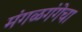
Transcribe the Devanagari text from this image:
मंगळगंगेचा